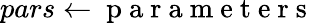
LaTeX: pars\gets\mathrm{~p~a~r~a~m~e~t~e~r~s~}